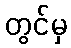
တွင်မှ